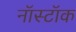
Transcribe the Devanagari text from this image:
नॉस्टॉक